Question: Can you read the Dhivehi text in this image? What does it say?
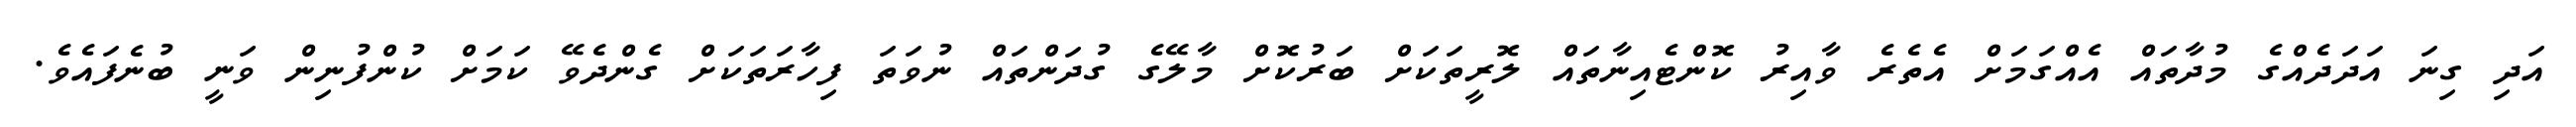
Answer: އަދި ގިނަ އަދަދެއްގެ މުދާތައް އެއްގަމަށް އެތެރެ ވާއިރު ކޮންޓެއިނާތައް ލޮރީތަކަށް ބަރުކޮށް މާލޭގެ ގުދަންތައް ނުވަތަ ފިހާރަތަކަށް ގެންދެވޭ ކަމަށް ކުންފުނިން ވަނީ ބުނެފައެވެ.